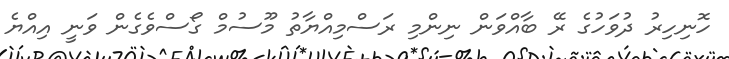
ހޮނިހިރު ދުވަހުގެ ރޭ ބާއްވަން ނިންމި ރަސްމިއްޔާތު މޫސުމް ގޯސްވެގެން ވަނީ އިއްޔެ